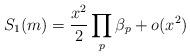
LaTeX: \begin{align*} S_1(m) = \frac{x^2}{2} \prod_p \beta_p + o(x^2)\end{align*}